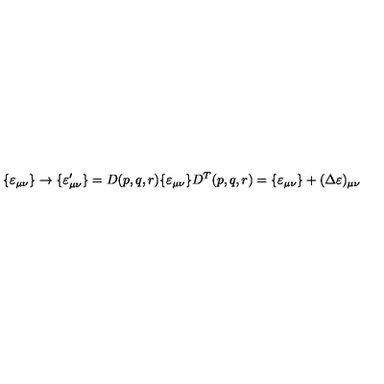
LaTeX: \{ \varepsilon _ { \mu \nu } \} \rightarrow \{ \varepsilon _ { \mu \nu } ^ { \prime } \} = D ( p , q , r ) \{ \varepsilon _ { \mu \nu } \} D ^ { T } ( p , q , r ) = \{ \varepsilon _ { \mu \nu } \} + ( \Delta \varepsilon ) _ { \mu \nu }